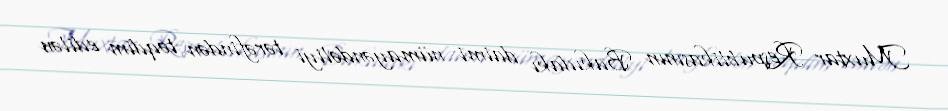
Muxtar Respublikasının Bakıdakı daimi nümayəndəliyi tərəfindən təqdim edilən